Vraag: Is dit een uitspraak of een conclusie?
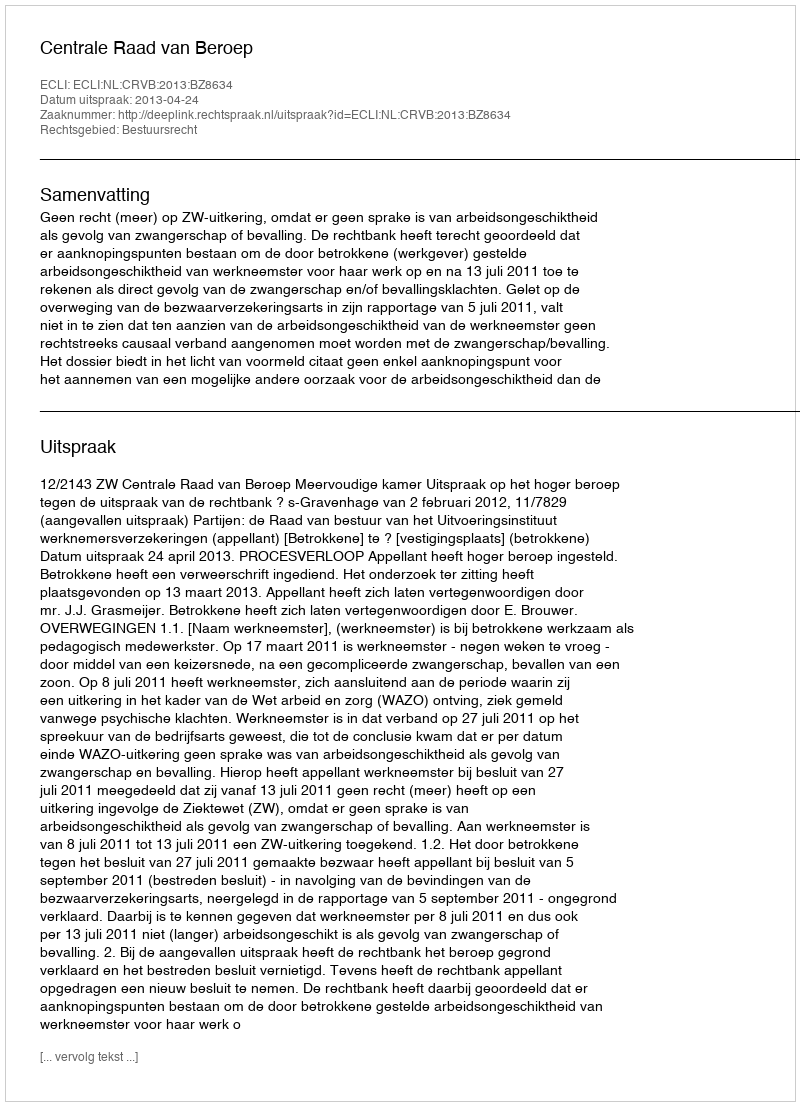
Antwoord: Uitspraak